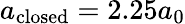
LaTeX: a_{\mathrm{closed}}=2.25a_{0}